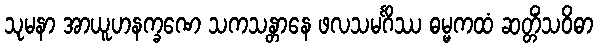
သုမနာ အာယူဟနက္ခဏေ သကသန္တာနေ ဖလသမင်္ဂိဿ ဓမ္မကထံ ဆတ္တိံသဝိဓာ